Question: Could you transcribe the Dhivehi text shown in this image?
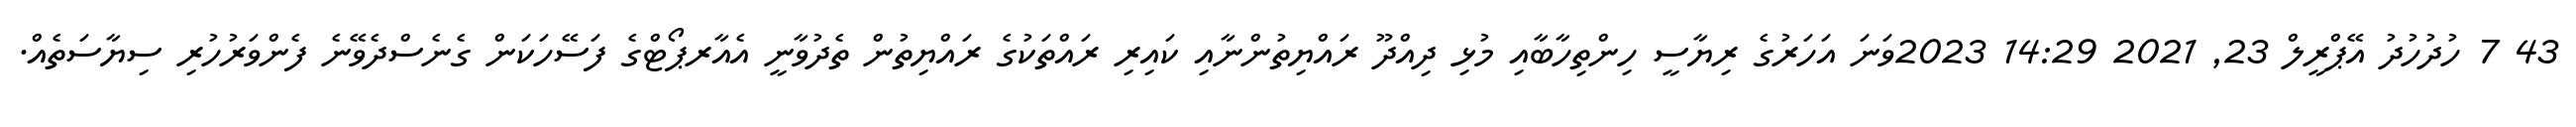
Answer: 43 7 ހުދުހުދު އޭޕްރީލް 23, 2021 14:29 2023ވަނަ އަހަރުގެ ރިޔާސީ ހިންތިހާބާއި މުޅި ދިއްދޫ ރައްޔިތުންނާއި ކައިރި ރައްތަކުގެ ރައްޔިތުން ތެދުވާނީ އެއާރޕޯޓްގެ ފަސޭހަކަން ގެނެސްދެވޭނެ ފެންވަރުހުރި ސިޔާސަތެއް.